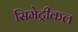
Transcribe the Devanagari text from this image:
सिमेट्रीकल